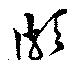
頗